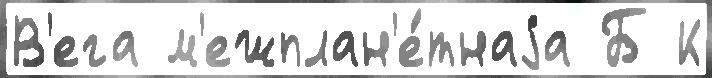
В'ега м'ежплан'е́тнаjа Б К